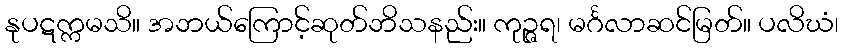
နုပဋက္ကမသိ။ အဘယ်ကြောင့်ဆုတ်ဘိသနည်း။ ကုဉ္ဇရ၊ မင်္ဂလာဆင်မြတ်။ ပလိဃံ၊